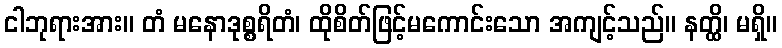
ငါဘုရားအား။ တံ မနောဒုစ္စရိတံ၊ ထိုစိတ်ဖြင့်မကောင်းသော အကျင့်သည်။ နတ္ထိ၊ မရှိ။